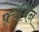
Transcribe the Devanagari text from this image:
फ़्यबिन